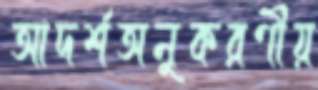
আদর্শঅনুকরণীয়